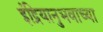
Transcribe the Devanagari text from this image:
इंद्रियानुभवाच्या